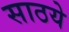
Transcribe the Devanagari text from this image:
साठये